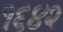
૧૬૪૨